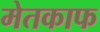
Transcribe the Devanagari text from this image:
मेतकाफ